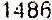
1486